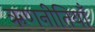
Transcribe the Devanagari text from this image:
ऋणनीतियाँ